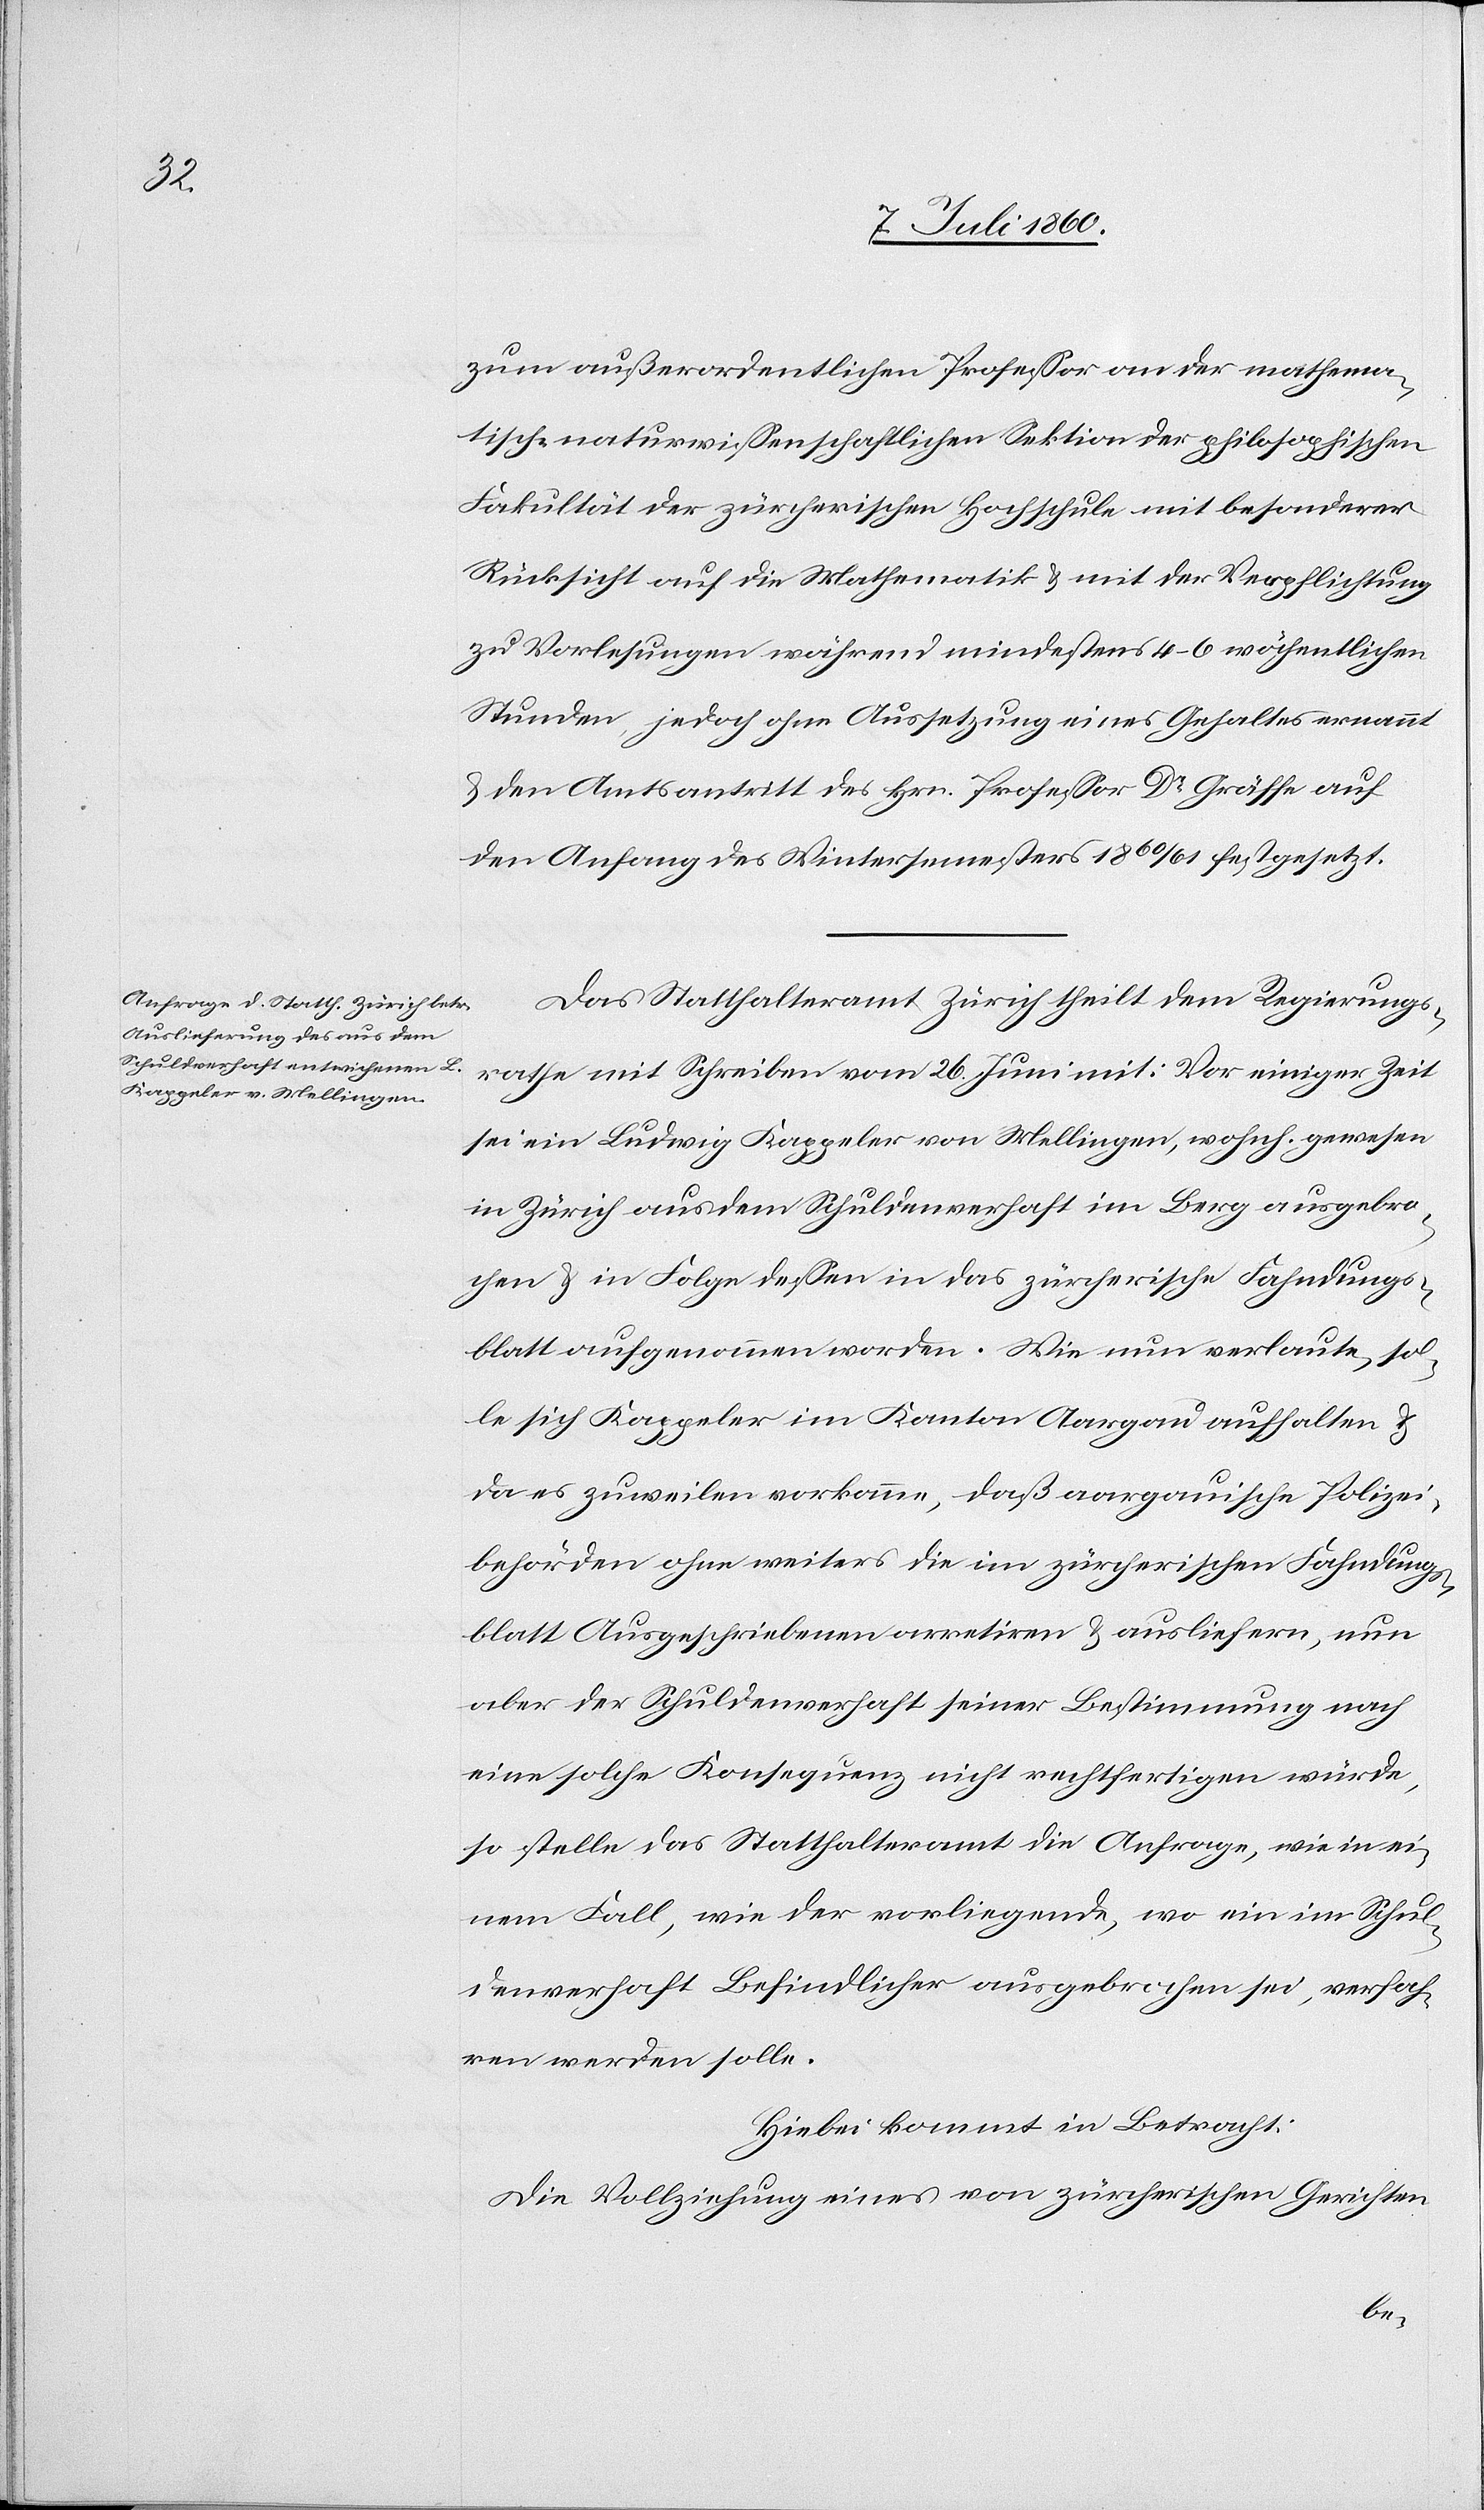
zum außerordentlichen Professor an der mathema¬
tisch-naturwissenschaftlichen Sektion der philosophischen
Fakultät der zürcherischen Hochschule mit besonderer
Rücksicht auf die Mathematik & mit der Verpflichtung
zu Vorlesungen während mindestens 4–6 wöchentlichen
Stunden, jedoch ohne Aussetzung eines Gehaltes ernannt
& den Amtsantritt des Hrn. Professor Dr. Gräffe auf
den Anfang des Wintersemesters 1860/61 festgesetzt.
Das Statthalteramt Zürich theilt dem Regierungs¬
rathe mit Schreiben vom 26. Juni mit: Vor einiger Zeit
sei ein Ludwig Kappeler von Mellingen, wohnh. gewesen
in Zürich aus dem Schuldenverhaft im Berg ausgebro¬
chen & in Folge dessen in das zürcherische Fahndungs¬
blatt aufgenommen worden. Wie nun verlaute, sol¬
le sich Kappeler im Kanton Aargau aufhalten &
da es zuweilen vorkomme, daß aargauische Polizei¬
behörden ohne weiters die im zürcherischen Fahndung¬
sblatt Ausgeschriebenen arretiren & ausliefern, nun
aber der Schuldenverhaft seiner Bestimmung nach
eine solche Konsequenz nicht rechtfertigen würde,
so stelle das Statthalteramt die Anfrage, wie in ei¬
nem Fall, wie der vorliegende, wo ein im Schul¬
denverhaft Befindlicher ausgebrochen sei, verfah¬
ren werden solle.
Hiebei kommt in Betracht:
Die Vollziehung eines von zürcherischen Gerichten
be-